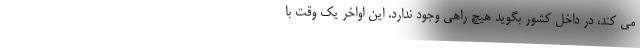
می کند، در داخل کشور بگوید هیچ راهی وجود ندارد. این اواخر یک وقت با